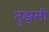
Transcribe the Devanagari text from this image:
तुझसी